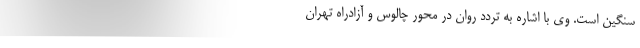
سنگین است. وی با اشاره به تردد روان در محور چالوس و آزادراه تهران